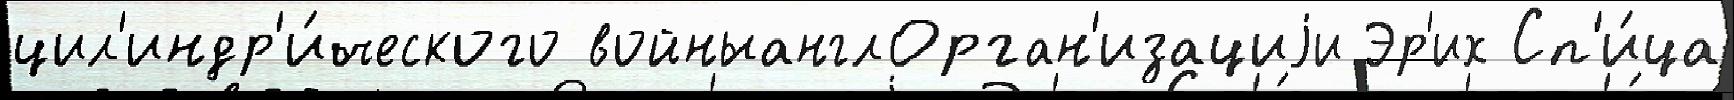
цил'индр'и́ческого войныанглОрган'изациjи Эр'их Сп'и́ца